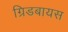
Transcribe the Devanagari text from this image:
ग्रिडबायस